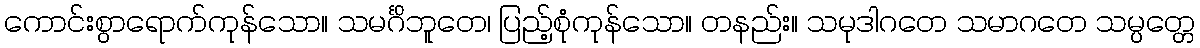
ကောင်းစွာရောက်ကုန်သော။ သမင်္ဂိဘူတေ၊ ပြည့်စုံကုန်သော။ တနည်း။ သမုဒါဂတေ သမာဂတေ သမ္ပတ္တေ